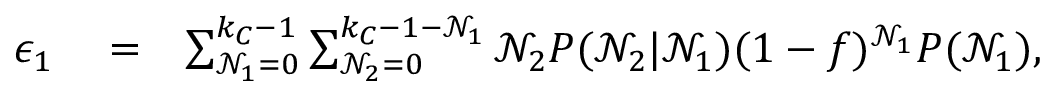
\begin{array} { r l r } { \epsilon _ { 1 } } & { { } = } & { \sum _ { \mathcal { N } _ { 1 } = 0 } ^ { k _ { C } - 1 } \sum _ { \mathcal { N } _ { 2 } = 0 } ^ { k _ { C } - 1 - \mathcal { N } _ { 1 } } \mathcal { N } _ { 2 } P ( \mathcal { N } _ { 2 } | \mathcal { N } _ { 1 } ) ( 1 - f ) ^ { \mathcal { N } _ { 1 } } P ( \mathcal { N } _ { 1 } ) , } \end{array}